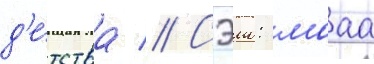
д'е́тства // Сэию: мааа